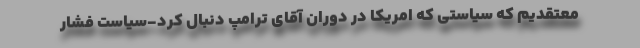
معتقدیم که سیاستی که امریکا در دوران آقای ترامپ دنبال کرد-سیاست فشار